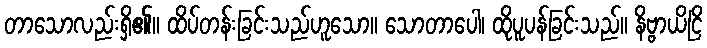
တာသောလည်းရှိ၏။ ထိပ်တန်းခြင်းသည်ဟူသော။ သောတာပေါ၊ ထိုပူပန်ခြင်းသည်။ နိဗ္ဗာယိငြိ